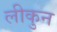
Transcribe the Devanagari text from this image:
लीकुन